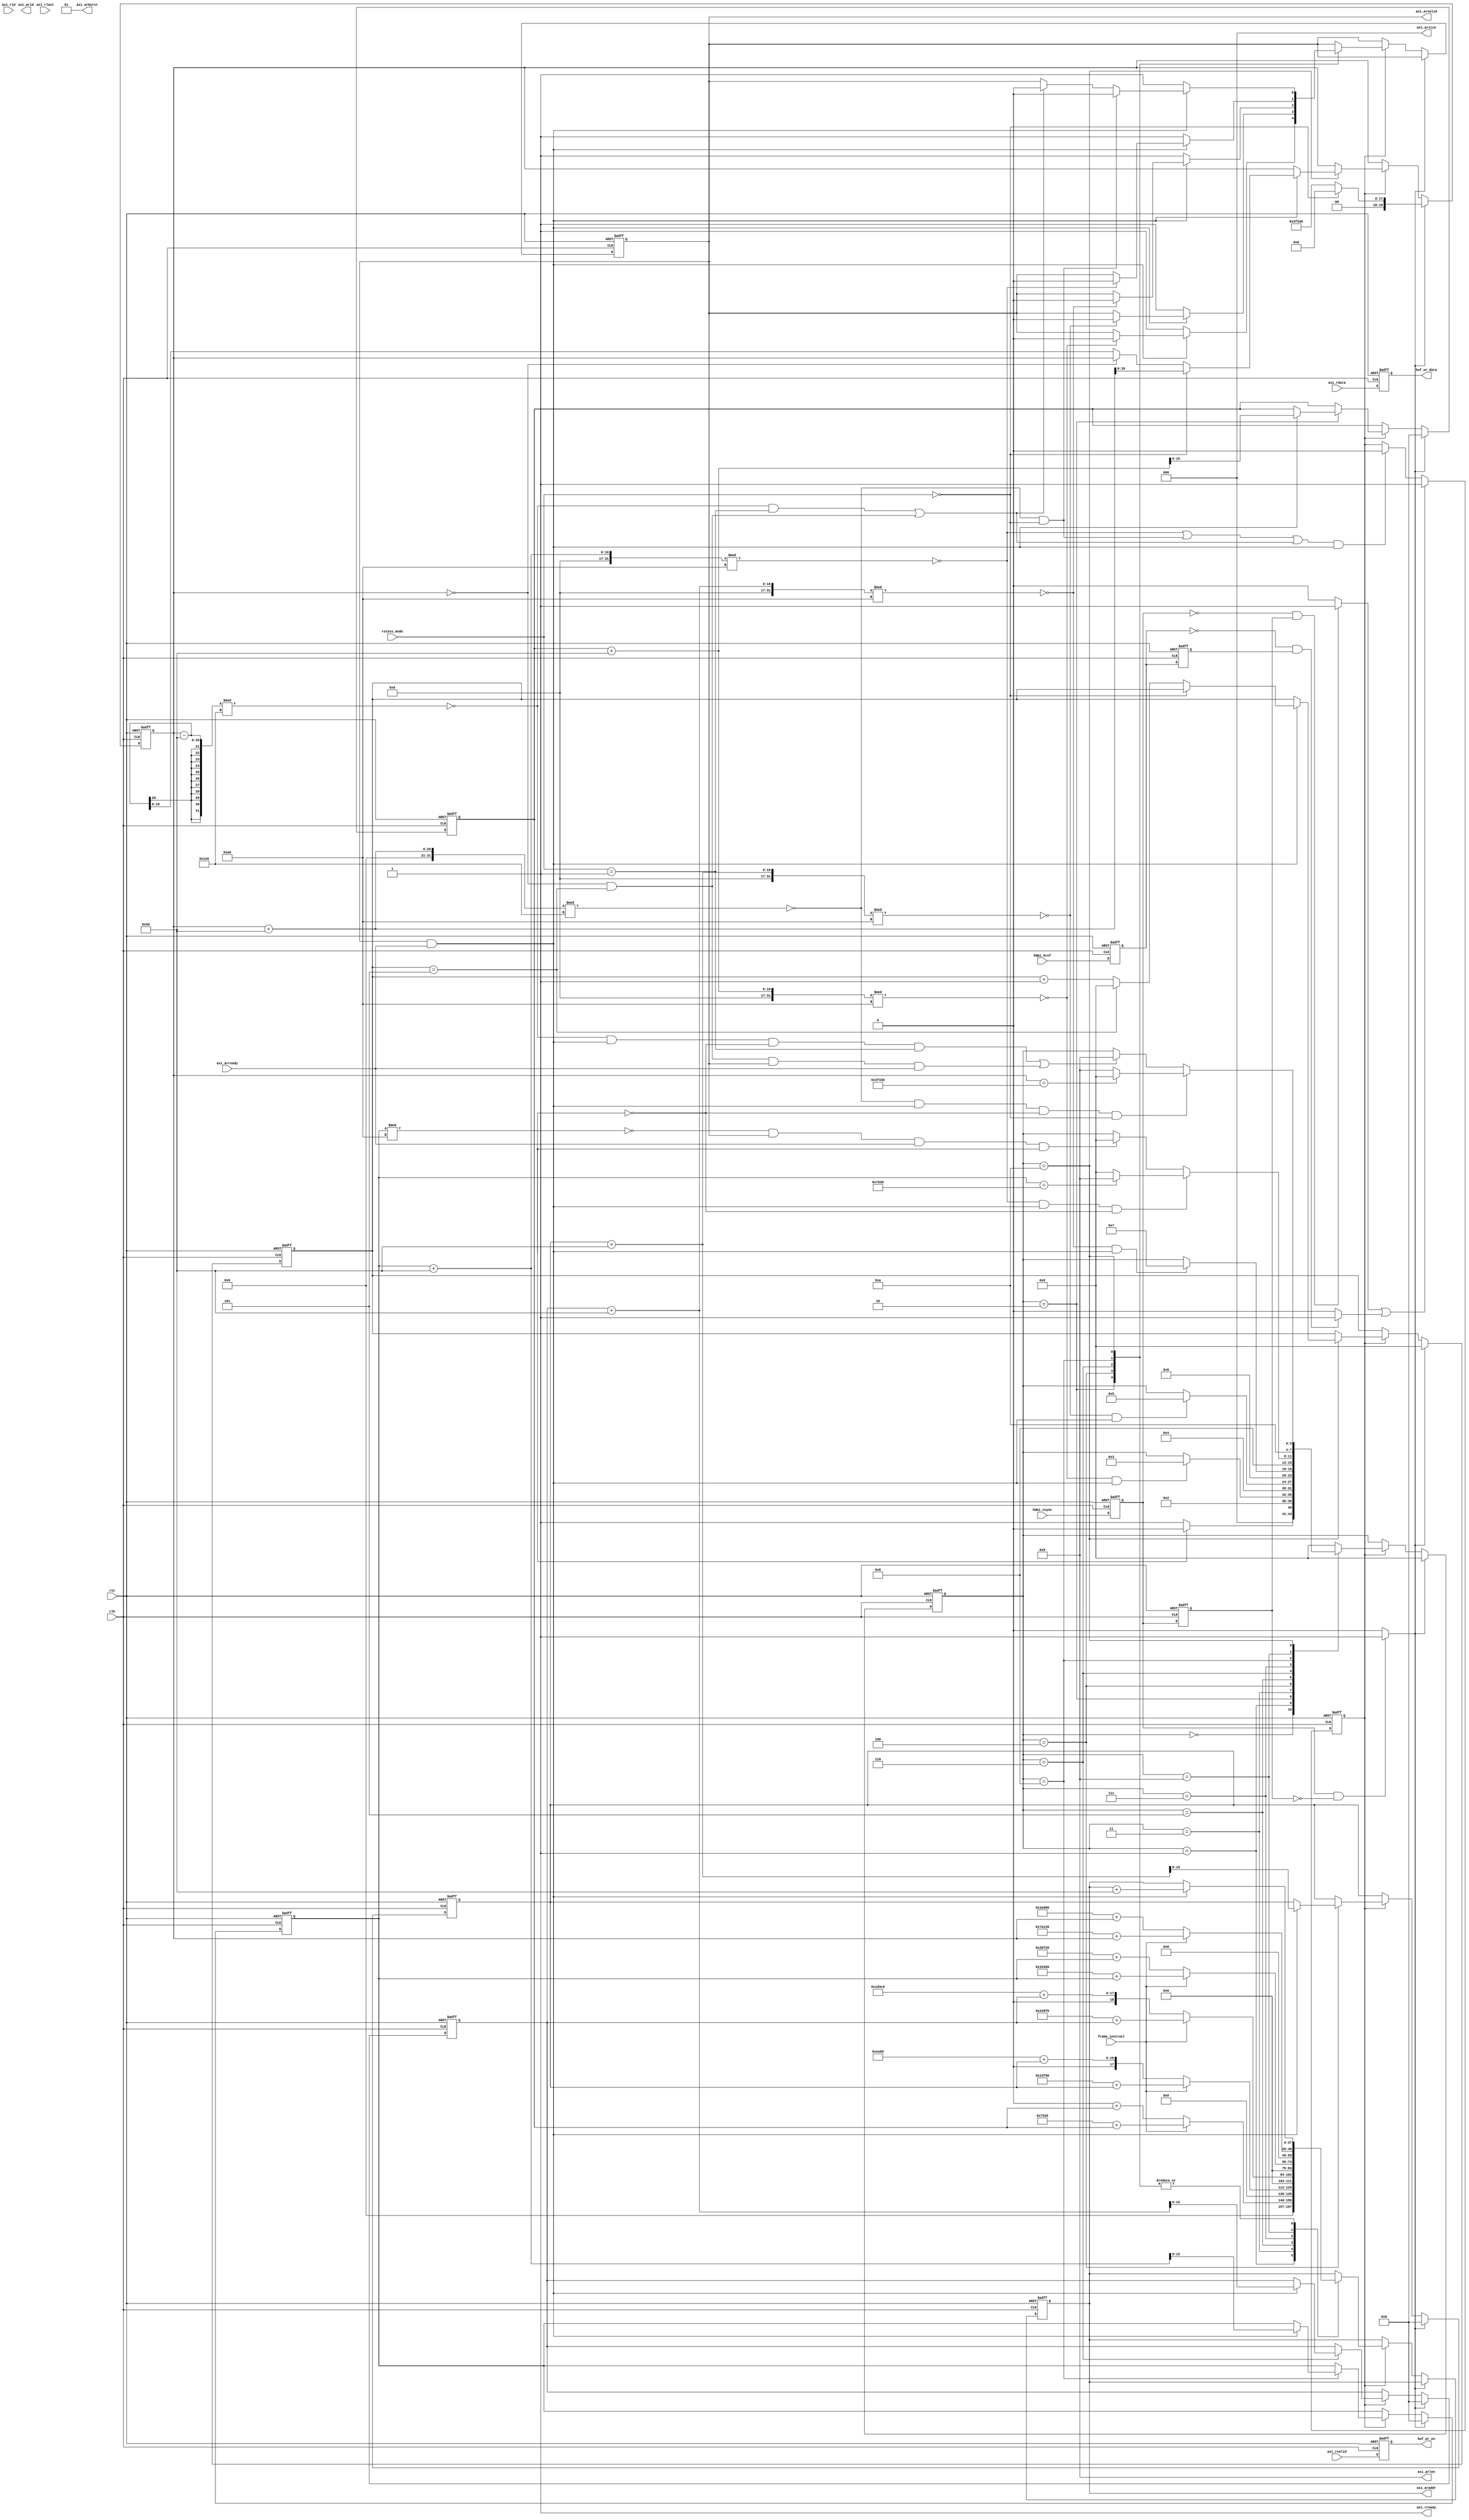
/* =======================================================================
* Copyright (c) 2023, MongooseOrion.
* All rights reserved.
*
* The following code snippet may contain portions that are derived from
* OPEN-SOURCE communities, and these portions will be licensed with: 
*
* <NULL>
*
* If there is no OPEN-SOURCE licenses are listed, it indicates none of
* content in this Code document is sourced from OPEN-SOURCE communities. 
*
* In this case, the document is protected by copyright, and any use of
* all or part of its content by individuals, organizations, or companies
* without authorization is prohibited, unless the project repository
* associated with this document has added relevant OPEN-SOURCE licenses
* by github.com/MongooseOrion. 
*
* Please make sure using the content of this document in accordance with 
* the respective OPEN-SOURCE licenses. 
* 
* THIS CODE IS PROVIDED BY https://github.com/MongooseOrion. 
* FILE ENCODER TYPE: GBK
* ========================================================================
*/
//  ddr  outstanding 
// 
module axi_interconnect_rd #(
    parameter MEM_ROW_WIDTH        = 15     ,
    parameter MEM_COLUMN_WIDTH     = 10     ,
    parameter MEM_BANK_WIDTH       = 3      ,
    parameter CTRL_ADDR_WIDTH = MEM_ROW_WIDTH + MEM_BANK_WIDTH + MEM_COLUMN_WIDTH,
    parameter DQ_WIDTH          = 12'd32    ,
    parameter H_HEIGHT = 'd720              ,
    parameter H_WIDTH = 'd1280              ,
    parameter BURST_LEN = 'd10
)(
    input                               clk             ,
    input                               rst             ,
    // hdmi 
    input                               hdmi_vsync      ,
    input                               hdmi_href       ,
    input       [3:0]                   rotate_mode     ,

    output reg                          buf_wr_en       ,
    output reg  [DQ_WIDTH*8-1:0]        buf_wr_data     ,

    //  buffer
    input                               frame_instruct  ,       // 0  1,2 1  3,4    
    
    // AXI READ INTERFACE
    output                              axi_arvalid     /*synthesis PAP_MARK_DEBUG="1"*/,  
    input                               axi_arready     /*synthesis PAP_MARK_DEBUG="1"*/, 
    output [CTRL_ADDR_WIDTH-1:0]        axi_araddr      /*synthesis PAP_MARK_DEBUG="1"*/,  
    output [3:0]                        axi_arid        ,  
    output [3:0]                        axi_arlen       ,  
    output [2:0]                        axi_arsize      ,  
    output [1:0]                        axi_arburst     ,  
                                                         
    output                              axi_rready      /*synthesis PAP_MARK_DEBUG="1"*/,  
    input  [DQ_WIDTH*8-1:0]             axi_rdata       ,  
    input                               axi_rvalid      /*synthesis PAP_MARK_DEBUG="1"*/,  
    input                               axi_rlast       /*synthesis PAP_MARK_DEBUG="1"*/,  
    input  [3:0]                        axi_rid          
);

parameter WIDTH_QD = H_WIDTH / 4;
parameter HEIGHT_QD = H_HEIGHT / 4;
parameter WIDTH_TC = H_WIDTH * 3/4;
parameter HEIGHT_TC = H_HEIGHT * 3/4;
parameter   INIT_WAIT = 4'b0000,              // AXI 
            WR1_PRE = 4'b0001,
            WR1_ADDR = 4'b0010,
            WR2_PRE = 4'b0011,
            WR2_ADDR = 4'b0100,
            WR3_PRE = 4'b0101,
            WR3_ADDR = 4'b0110,
            WR4_PRE = 4'b0111,
            WR4_ADDR = 4'b1000,
            WR5_PRE = 4'b1001,
            WR5_ADDR = 4'b1010;
// 
parameter FRAME_ADDR_OFFSET_1 = 'd30_000;
parameter FRAME_ADDR_OFFSET_2 = 'd260_000;
parameter   ADDR_OFFSET_1 = 'd0,                    
            ADDR_OFFSET_2 = FRAME_ADDR_OFFSET_1 * 2,  
            ADDR_OFFSET_3 = ADDR_OFFSET_2 + 2 * (FRAME_ADDR_OFFSET_1),      // 
            ADDR_OFFSET_4 = ADDR_OFFSET_3 + 2 * (FRAME_ADDR_OFFSET_1),
            ADDR_OFFSET_5 = ADDR_OFFSET_4 + 2 * (FRAME_ADDR_OFFSET_1);
parameter ADDR_STEP = BURST_LEN * 8;       // 1  32  DQ 

wire                            nege_vsync      ;
wire                            pose_vsync      ;
wire                            nege_href       ;
wire                            pose_arvalid    ;

reg  [3:0]                      addr_cnt        ;
reg [CTRL_ADDR_WIDTH-1:0]       reg_axi_araddr  /*synthesis PAP_MARK_DEBUG="1"*/;
reg                             reg_axi_arvalid ;
reg                             reg_axi_rready  ;
reg [DQ_WIDTH*8-1:0]            reg_axi_rdata   ;
reg                             processing_wait ;

reg                             reg_vsync_d1        ;
reg                             reg_vsync_d2        ;
reg                             reg_href_d1         ;
reg                             reg_href_d2         ;
reg                             axi_arvalid_temp    ;
reg                             axi_rd_en           ;
reg [3:0]                       addr_state          /*synthesis PAP_MARK_DEBUG="1"*/;
reg [15:0]                      reg_axi_araddr_1    ;
reg [15:0]                      reg_axi_araddr_2    ;
reg [15:0]                      reg_axi_araddr_3    ;
reg [15:0]                      reg_axi_araddr_4    ;
reg [19:0]                      reg_axi_araddr_5    ;
reg                             row_end_flag        ;
reg [10:0]                      row_count_1         ;
reg [10:0]                      row_count_2         ;
reg [15:0]                      rlast_count         /*synthesis PAP_MARK_DEBUG="1"*/;

assign axi_arvalid  = reg_axi_arvalid       ;
assign axi_araddr   = reg_axi_araddr        ;
assign axi_arlen    = BURST_LEN - 1'b1      ;   // 
assign axi_arsize   = DQ_WIDTH*8/8          ;   // DATA_LEN = 256
assign axi_arburst  = 2'b01                 ;
assign axi_rready   = 1'b1                  ;

assign pose_vsync = ((reg_vsync_d1) && (~reg_vsync_d2)) ? 1'b1 : 1'b0;
assign nege_vsync = ((~reg_vsync_d1) && (reg_vsync_d2)) ? 1'b1 : 1'b0;
assign nege_href = ((~reg_href_d1) && (reg_href_d2)) ? 1'b1 : 1'b0;


// 
always @(posedge clk or negedge rst) begin
    if(!rst) begin
        reg_vsync_d1 <= 'b0;
        reg_vsync_d2 <= 'b0;
        reg_href_d1 <= 'b0;
        reg_href_d2 <= 'b0;
    end
    else begin
        reg_vsync_d1 <= hdmi_vsync;
        reg_vsync_d2 <= reg_vsync_d1;
        reg_href_d1 <= hdmi_href;
        reg_href_d2 <= reg_href_d1;
    end
end


// 
always @(posedge clk or negedge rst) begin
    if(!rst) begin
        axi_rd_en <= 'b0;
    end
    else if((nege_vsync == 1'b1) || (nege_href == 1'b1)) begin
        axi_rd_en <= 1'b1;
    end
    else if((((reg_axi_araddr_4 + ADDR_STEP) % (WIDTH_QD / 2) == 'b0) 
            || (((reg_axi_araddr_5 + ADDR_STEP) % (WIDTH_TC / 2) == 'b0) && rotate_mode == 'd0) || ((((reg_axi_araddr_5 - ADDR_STEP) % (WIDTH_TC / 2) == 'b0) && rotate_mode == 'd1) || (reg_axi_araddr_5 == 'd0 && addr_cnt == 'd5))) 
            && ((axi_arvalid == 1'b1) && (axi_arready == 1'b1))) begin
        axi_rd_en <= 1'b0;
    end
    else begin
        axi_rd_en <= axi_rd_en;
    end
end


// 
// 
always @(posedge clk or negedge rst) begin
    if(!rst) begin
        addr_state <= 'b0;
    end
    else if(pose_vsync==1'b1) begin
        addr_state <= 'b0;
    end
    else if(axi_rd_en) begin
        case(addr_state)
            INIT_WAIT: begin
                if(processing_wait) begin
                    addr_state <= INIT_WAIT;
                end
                else begin
                    addr_state <= WR1_PRE;
                end
            end
            WR1_PRE: begin
                addr_state <= WR1_ADDR;
            end
            WR1_ADDR: begin
                if(((reg_axi_araddr_1 + ADDR_STEP) % (WIDTH_QD / 2) == 'b0)
                    && ((axi_arvalid == 1'b1) && (axi_arready == 1'b1))) begin
                    addr_state <= WR2_PRE;
                end
                else begin
                    addr_state <= addr_state;
                end
            end
            WR2_PRE: begin
                addr_state <= WR2_ADDR;
            end
            WR2_ADDR: begin
                if(((reg_axi_araddr_2 + ADDR_STEP) % (WIDTH_QD / 2) == 'b0)
                    && ((axi_arvalid == 1'b1) && (axi_arready == 1'b1))) begin
                    addr_state <= WR3_PRE;
                end
                else begin
                    addr_state <= addr_state;
                end
            end
            WR3_PRE: begin
                addr_state <= WR3_ADDR;
            end
            WR3_ADDR: begin
                if(((reg_axi_araddr_3 + ADDR_STEP) % (WIDTH_QD / 2) == 'b0)
                    && ((axi_arvalid == 1'b1) && (axi_arready == 1'b1))) begin
                    addr_state <= WR4_PRE;
                end
                else begin
                    addr_state <= addr_state;
                end
            end
            WR4_PRE: begin
                addr_state <= WR4_ADDR;
            end
            WR4_ADDR: begin
                if(((reg_axi_araddr_4 + ADDR_STEP) % (WIDTH_QD / 2) == 'b0) 
                    && ((axi_arvalid == 1'b1) && (axi_arready == 1'b1))
                    && (processing_wait == 1'b0)) begin
                    if(reg_axi_araddr_4 == (WIDTH_QD * HEIGHT_QD / 2) - ADDR_STEP) begin
                        addr_state <= WR5_PRE;
                    end
                    else begin
                        addr_state <= INIT_WAIT;
                    end
                end
                else if((reg_axi_araddr_4 % (WIDTH_QD / 2) == 'b0)&&(axi_arvalid == 1'b1) && (axi_arready == 1'b1)
                    && (processing_wait == 1'b1)) begin
                    addr_state <= INIT_WAIT;
                end
                else begin
                    addr_state <= addr_state;
                end
            end
            WR5_PRE: begin
                addr_state <= WR5_ADDR;
            end
            WR5_ADDR: begin
                if(((reg_axi_araddr_5 + ADDR_STEP) % (WIDTH_TC / 2) == 'b0) 
                    && ((axi_arvalid == 1'b1) && (axi_arready == 1'b1))
                    && (processing_wait == 1'b0) && (rotate_mode == 'd0)) begin
                    if(reg_axi_araddr_5 == (WIDTH_TC * HEIGHT_TC / 2)-ADDR_STEP) begin
                        addr_state <= INIT_WAIT;
                    end
                    else begin
                        addr_state <= WR5_PRE;
                    end
                end
                else if((((reg_axi_araddr_5 - ADDR_STEP) % (WIDTH_TC / 2) == 'b0) 
                    && ((axi_arvalid == 1'b1) && (axi_arready == 1'b1))
                    && (processing_wait == 1'b0) && (rotate_mode == 'd1)) || ((reg_axi_araddr_5 == 'd0 && addr_cnt == 'd5) && (axi_arvalid == 1'b1) && (axi_arready == 1'b1)) ) begin
                        addr_state <= WR5_PRE;
                end
                else begin
                    addr_state <= addr_state;
                end
            end
            default: begin
                addr_state <= INIT_WAIT;
            end
        endcase
    end
    else begin
        addr_state <= addr_state;
    end
end


// 
always @(posedge clk or negedge rst) begin
    if(!rst) begin 
        reg_axi_araddr <= 'b0;
        reg_axi_araddr_1 <= 'b0;
        reg_axi_araddr_2 <= 'b0;
        reg_axi_araddr_3 <= 'b0;
        reg_axi_araddr_4 <= 'b0;
        reg_axi_araddr_5 <= 'b0;
        reg_axi_arvalid <= 'b0;
        row_end_flag <= 'b0;
        addr_cnt     <= 'd0;
    end
    else if(pose_vsync == 1'b1) begin
        reg_axi_araddr_1 <= 'b0;
        reg_axi_araddr_2 <= 'b0;
        reg_axi_araddr_3 <= 'b0;
        reg_axi_araddr_4 <= 'b0;
        addr_cnt         <= 'd0;
        if (rotate_mode == 4'd0) begin
            reg_axi_araddr_5 <= 'b0;
        end
        else begin
            reg_axi_araddr_5 <= 'd259200 - 'd6*ADDR_STEP ;
        end
    end
    else if(axi_rd_en) begin
        case(addr_state)
            WR1_PRE: begin                      // 
                if(frame_instruct == 1'b0) begin
                    reg_axi_araddr <= ADDR_OFFSET_1 + reg_axi_araddr_1;
                end
                else if(frame_instruct == 1'b1) begin
                    reg_axi_araddr <= ADDR_OFFSET_1 + FRAME_ADDR_OFFSET_1 + reg_axi_araddr_1;
                end
            end
            WR1_ADDR: begin
                if((axi_arvalid == 1'b1) && (axi_arready == 1'b1)) begin
                    if((reg_axi_araddr_1 + ADDR_STEP) % (WIDTH_QD / 2) == 'b0) begin
                        reg_axi_arvalid <= 1'b0;
                    end
                    reg_axi_araddr <= reg_axi_araddr + ADDR_STEP;
                    reg_axi_araddr_1 <= reg_axi_araddr_1 + ADDR_STEP;
                end
                else begin
                    reg_axi_araddr <= reg_axi_araddr;
                    reg_axi_araddr_1 <= reg_axi_araddr_1;
                    reg_axi_arvalid <= 1'b1;
                end
            end
            WR2_PRE: begin
                if(frame_instruct == 1'b0) begin
                    reg_axi_araddr <= ADDR_OFFSET_2 + reg_axi_araddr_2;
                end
                else if(frame_instruct == 1'b1) begin
                    reg_axi_araddr <= ADDR_OFFSET_2 + FRAME_ADDR_OFFSET_1 + reg_axi_araddr_2;
                end
            end
            WR2_ADDR: begin
                if((axi_arvalid == 1'b1) && (axi_arready == 1'b1)) begin
                    if((reg_axi_araddr_2 + ADDR_STEP) % (WIDTH_QD / 2) == 'b0) begin
                        reg_axi_arvalid <= 1'b0;
                    end
                    reg_axi_araddr <= reg_axi_araddr + ADDR_STEP;
                    reg_axi_araddr_2 <= reg_axi_araddr_2 + ADDR_STEP;
                end
                else begin
                    reg_axi_araddr <= reg_axi_araddr;
                    reg_axi_araddr_2 <= reg_axi_araddr_2;
                    reg_axi_arvalid <= 1'b1;
                end
            end
            WR3_PRE: begin
                if(frame_instruct == 1'b0) begin
                    reg_axi_araddr <= ADDR_OFFSET_3 + reg_axi_araddr_3;
                end
                else if(frame_instruct == 1'b1) begin
                    reg_axi_araddr <= ADDR_OFFSET_3 + FRAME_ADDR_OFFSET_1 + reg_axi_araddr_3;
                end
            end
            WR3_ADDR: begin
                if((axi_arvalid == 1'b1) && (axi_arready == 1'b1)) begin
                    if((reg_axi_araddr_3 + ADDR_STEP) % (WIDTH_QD / 2) == 'b0) begin
                        reg_axi_arvalid <= 1'b0;
                    end
                    reg_axi_araddr <= reg_axi_araddr + ADDR_STEP;
                    reg_axi_araddr_3 <= reg_axi_araddr_3 + ADDR_STEP;
                end
                else begin
                    reg_axi_araddr <= reg_axi_araddr;
                    reg_axi_araddr_3 <= reg_axi_araddr_3;
                    reg_axi_arvalid <= 1'b1;
                end
            end
            WR4_PRE: begin
                if(frame_instruct == 1'b0) begin
                    reg_axi_araddr <= ADDR_OFFSET_4 + reg_axi_araddr_4;
                end
                else if(frame_instruct == 1'b1) begin
                    reg_axi_araddr <= ADDR_OFFSET_4 + FRAME_ADDR_OFFSET_1 + reg_axi_araddr_4;
                end
            end
            WR4_ADDR: begin
                if((axi_arvalid == 1'b1) && (axi_arready == 1'b1)) begin
                    if((reg_axi_araddr_4 + ADDR_STEP) % (WIDTH_QD / 2) == 'b0)  begin
                        reg_axi_arvalid <= 1'b0;
                    end
                    reg_axi_araddr <= reg_axi_araddr + ADDR_STEP;
                    reg_axi_araddr_4 <= reg_axi_araddr_4 + ADDR_STEP;
                end
                else begin
                    reg_axi_araddr <= reg_axi_araddr;
                    reg_axi_araddr_4 <= reg_axi_araddr_4;
                    reg_axi_arvalid <= 1'b1;
                end
            end
            WR5_PRE: begin
                if(frame_instruct == 1'b0) begin
                    reg_axi_araddr <= ADDR_OFFSET_5 + reg_axi_araddr_5;
                end
                else if(frame_instruct == 1'b1) begin
                    reg_axi_araddr <= ADDR_OFFSET_5 + FRAME_ADDR_OFFSET_2 + reg_axi_araddr_5;
                end
            end
            WR5_ADDR: begin
                if((axi_arvalid == 1'b1) && (axi_arready == 1'b1)) begin
                    if (rotate_mode == 'd0) begin
                        reg_axi_araddr <= reg_axi_araddr + ADDR_STEP;
                        reg_axi_araddr_5 <= reg_axi_araddr_5 + ADDR_STEP;
                    end
                    else begin
                        if (addr_cnt == 'd5) begin
                            addr_cnt <= 'd0;
                        end
                        else begin
                            addr_cnt <= addr_cnt + 1'b1;
                        end
                        reg_axi_araddr <= reg_axi_araddr + ADDR_STEP;
                        if (reg_axi_araddr_5 == 'd0) begin
                            reg_axi_araddr_5 <= reg_axi_araddr_5 ;
                        end
                        else begin
                            reg_axi_araddr_5 <= reg_axi_araddr_5 - ADDR_STEP;
                        end
                    end

                    if (((reg_axi_araddr_5 + ADDR_STEP) % (WIDTH_TC / 2) == 'b0) && rotate_mode == 'd0) begin
                        reg_axi_arvalid <= 1'b0;
                    end
                    else if((((reg_axi_araddr_5 - ADDR_STEP) % (WIDTH_TC / 2) == 'b0) && rotate_mode == 'd1) || (reg_axi_araddr_5 == 'd0 && addr_cnt == 'd5)) begin
                        reg_axi_arvalid <= 1'b0;
                    end
                end
                else begin
                    reg_axi_araddr <= reg_axi_araddr;
                    reg_axi_araddr_5 <= reg_axi_araddr_5;
                    reg_axi_arvalid <= 1'b1;
                end
            end
            default: begin
                reg_axi_araddr <= reg_axi_araddr;
                reg_axi_araddr_1 <= reg_axi_araddr_1;
                reg_axi_araddr_2 <= reg_axi_araddr_2;
                reg_axi_araddr_3 <= reg_axi_araddr_3;
                reg_axi_araddr_4 <= reg_axi_araddr_4;
                reg_axi_araddr_5 <= reg_axi_araddr_5;
                reg_axi_arvalid <= reg_axi_arvalid;
                row_end_flag <= row_end_flag;
            end
        endcase
    end
end


// 
always @(posedge clk or negedge rst) begin
    if(!rst) begin
        buf_wr_en <= 'b0;
        buf_wr_data <= 'b0;
    end
    else begin
        buf_wr_en <= axi_rvalid;
        buf_wr_data <= axi_rdata;
    end
end


endmodule